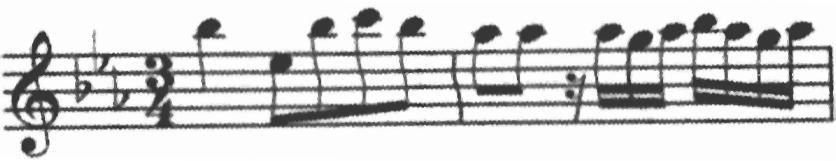
Transcription: clef-G2 keySignature-EbM timeSignature-3/4 note-Bb5_quarter note-Eb5_eighth note-Bb5_eighth note-C6_eighth note-Bb5_eighth barline note-Ab5_eighth note-Ab5_eighth rest-sixteenth note-Ab5_sixteenth note-G5_sixteenth note-Ab5_sixteenth note-Bb5_sixteenth note-Ab5_sixteenth note-G5_sixteenth note-Ab5_sixteenth barline